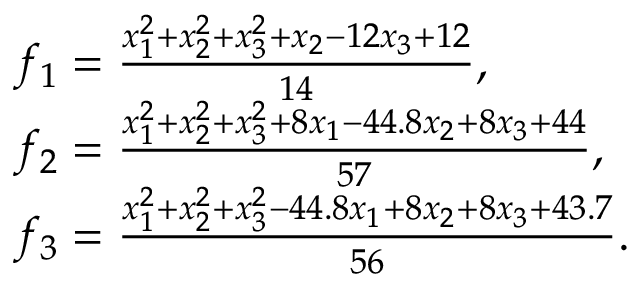
\begin{array} { r l } & { f _ { 1 } = \frac { x _ { 1 } ^ { 2 } + x _ { 2 } ^ { 2 } + x _ { 3 } ^ { 2 } + x _ { 2 } - 1 2 x _ { 3 } + 1 2 } { 1 4 } , } \\ & { f _ { 2 } = \frac { x _ { 1 } ^ { 2 } + x _ { 2 } ^ { 2 } + x _ { 3 } ^ { 2 } + 8 x _ { 1 } - 4 4 . 8 x _ { 2 } + 8 x _ { 3 } + 4 4 } { 5 7 } , } \\ & { f _ { 3 } = \frac { x _ { 1 } ^ { 2 } + x _ { 2 } ^ { 2 } + x _ { 3 } ^ { 2 } - 4 4 . 8 x _ { 1 } + 8 x _ { 2 } + 8 x _ { 3 } + 4 3 . 7 } { 5 6 } . } \end{array}